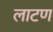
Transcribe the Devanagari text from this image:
लाटण